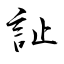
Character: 訨